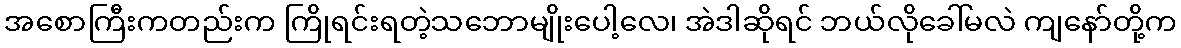
အစောကြီးကတည်းက ကြိုရင်းရတဲ့သဘောမျိုးပေါ့လေ၊ အဲဒါဆိုရင် ဘယ်လိုခေါ်မလဲ ကျနော်တို့က